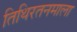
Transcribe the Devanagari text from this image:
तिथिरतनमाला